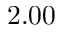
2 . 0 0